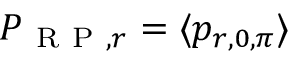
P _ { \mathrm { ~ R ~ P ~ } , r } = \langle p _ { r , 0 , \pi } \rangle